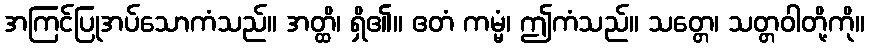
အကြင်ပြုအပ်သောကံသည်။ အတ္ထိ၊ ရှိ၏။ ဧတံ ကမ္မံ၊ ဤကံသည်။ သတ္တေ၊ သတ္တဝါတို့ကို။